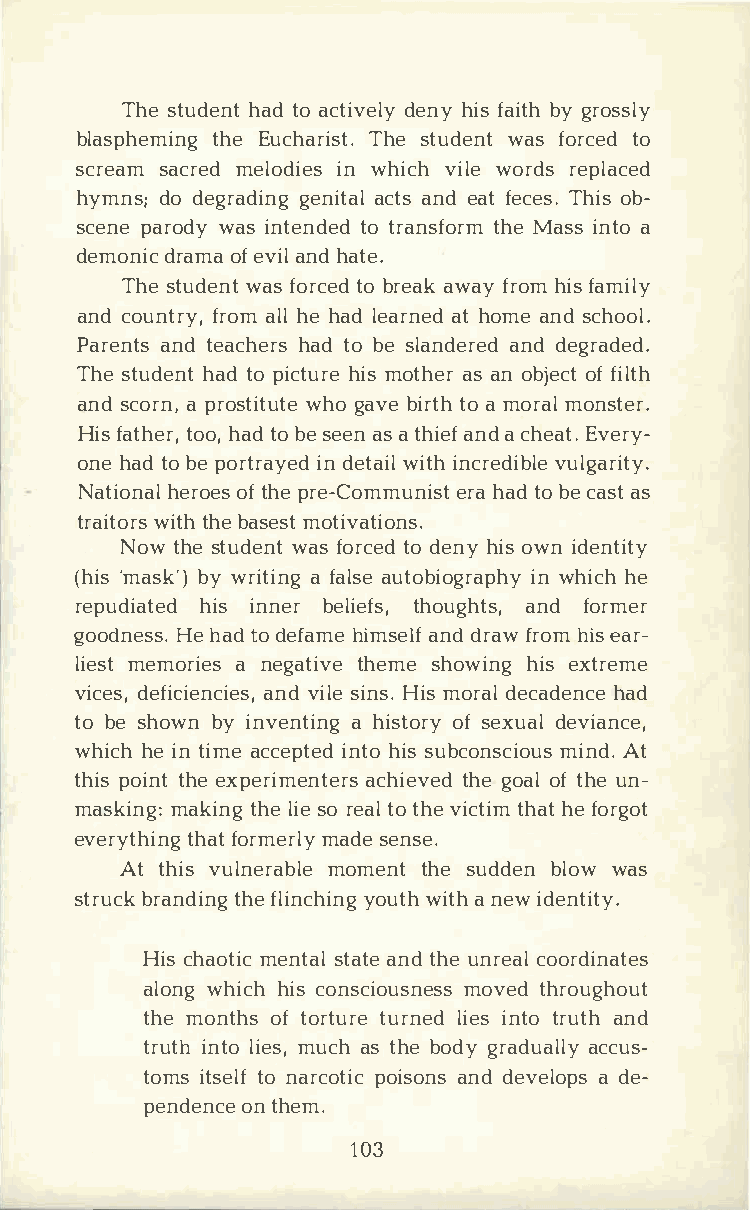
Thset udheantdto a ctidveenlhyyi f sa ibtygh r ossly
 blasphtehmEeiu ncgh aTrhiess tt.u dweanstf orcteod
 scresaamc rmeedl odiinwe hsi cvhi lweo rdrse placed
 hymndso;d egragdeinniagtc atalsn eda fte cTehsi.os b ­
 scepnaer owdaysi ntentdote rda nstfhoMera msi sn tao
 demodnriacom fea v ainlhd a te.
 Thset udweanfsto rtcoeb dr eaawka fyr ohmif sa mily
 ancdo unftrroyam,lh leh alde aranthe odm aen sdc hool.
 Pareanntdts e achhaetdro sb es landaenrdde edg raded.
 Thset udheantdto p icthuimrsoe t haesar no bjoeffc itl th
 ansdc oarp nr,o stwihtogu atvbeei rttoahm ormaoln ster.
 Hifsa thteohroa,,td ob es eeansat hiaenafdc heEavte.r y­
 onhea tdob ep ortriandy eetdwa iitilhn crevduilbglaer ity.
 Natihoenraooleft s hp er e-Comemruhana itdsob t ec ast as
 traiwtiottrhhbs ea smeostti vations.
 Nowt hset udweanfsto rtcoed de nhyio sw ni dentity
 (h'imsa sbkyw' r)i taif nagla suet obioignwr haiphchehy
 repudihaitsie ndn ebre litehfosu,g ahntdsf ,o rmer
 goodnHeehs astd.od efahmiem saenlddfr afwr ohmie sa r­
 liemsetm orai neesg attihveems eh owihniegsx treme
 vicdeesf,i ciaennvdci isleiesn H,si .ms o rdaelc adheandc e
 tob es howbnyi nvenath iinsgt oofsr eyx udaelv iance,
 whihcehi nt imaec cepitnethdois su bconmsicniAdot.u s
 thpiosi tnhtee x perimentetrhsge o aaoclfth hiueen v­ed
 maskimnagk:it nhgle is eor etaotl h vei ctthihamet f orgot
 everytthhfaiotnr gm meardlseye nse.
 Att hivsu lnermaobmleent th seu ddbelno wwa s
 strburcakn dtihfnelg i ncyhoiuwntighta nh e wi dentity.
 Hicsh aomteincts atlaa tnetd h uen recaolo rdinates
 alownhgi chhic so nsciomuosvnetedhs rso ughout
 thmeo ntohfst orttuurrenl eidie nst tor uatnhd
 truitnhtl oi emsu,ca hs t hbeo dgyr aduaaclcluys ­
 tomist steonl afr cpootiiscao nnddse velaod pes­
 pendeonntc hee m.
 103